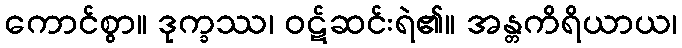
ကောင်စွာ။ ဒုက္ခဿ၊ ဝဋ်ဆင်းရဲ၏။ အန္တကိရိယာယ၊